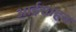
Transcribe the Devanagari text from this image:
आईसाहब